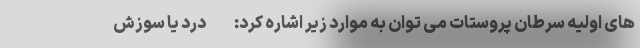
های اولیه سرطان پروستات می توان به موارد زیر اشاره کرد: - درد یا سوزش